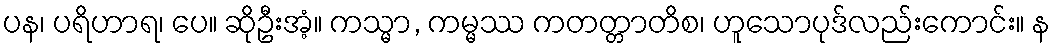
ပန၊ ပရိဟာရ၊ ပေ။ ဆိုဦးအံ့။ ကသ္မာ, ကမ္မဿ ကတတ္တာတိစ၊ ဟူသောပုဒ်လည်းကောင်း။ န